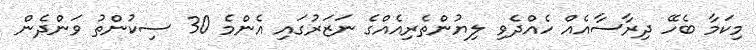
މިކަމާ ބެހޭ ދިރާސާއެއް ހެއްދެވި ލިޔުންތެރިއެއްގެ ނަޒަރުގައި އެންމެ 30 ސިކުންތު ވަންދެން